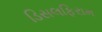
ડિસલફિરામ